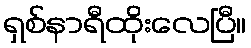
ရှစ်နာရီထိုးလေပြီ။